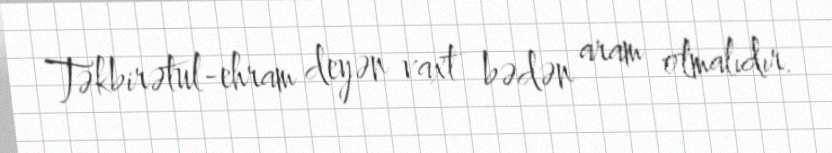
Təkbirətul-ehram deyən vaxt bədən aram olmalıdır.